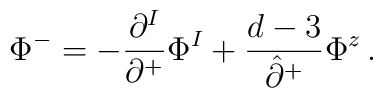
\Phi^- = -\frac{\partial^I}{\partial^+}\Phi^I+\frac{d-3}{\hat{\partial}^+}\Phi^z\,.